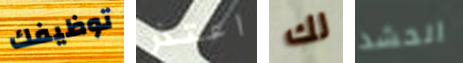
توظيفك اعتذر لك الحشد